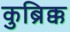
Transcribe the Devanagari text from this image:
कुब्रिक्क